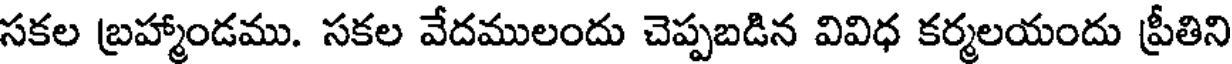
సకల బ్రహ్మాండము. సకల వేదములందు చెప్పబడిన వివిధ కర్మలయందు ప్రీతిని